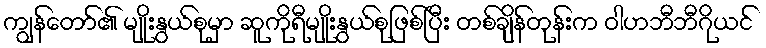
ကျွန်တော်၏ မျိုးနွယ်စုမှာ ဆူကိုရီမျိုးနွယ်စုဖြစ်ပြီး တစ်ချိန်တုန်းက ဝါဟဘီဘီဂိုယင်